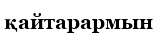
қайтарармын